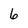
Character: 6